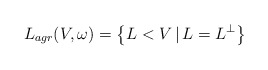
\begin{align*} L_{agr}(V,\omega)=\left\{L<V\, |\, L=L^\bot\right\}\end{align*}